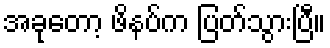
အခုတော့ ဖိနပ်က ပြတ်သွားပြီ။